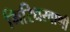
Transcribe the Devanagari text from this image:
गिरिधरवाणी